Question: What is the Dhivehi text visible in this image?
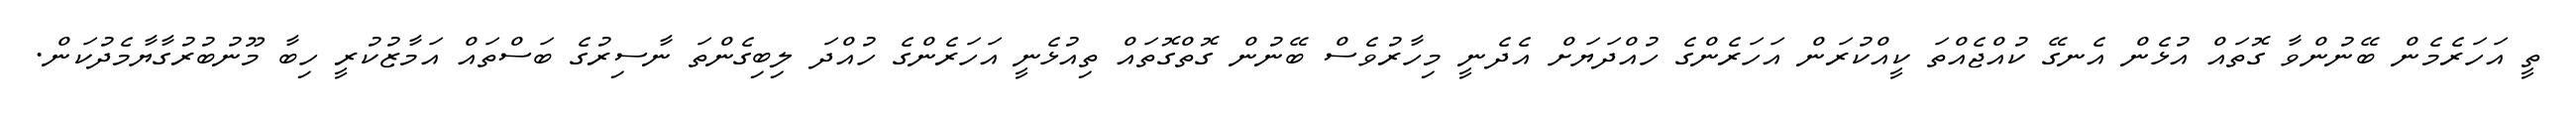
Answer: ތީ އަހަރެމެން ބޭނުންވާ ގޮތައް އުޅެން އެނގޭ ކުއްޖެއްތަ ކީއްކުރަން އަހަރެންގެ ހުއްދަޔަށް އެދެނީ މިހާރުވެސް ބޭނުން ގޮތްގޮތައް ތިއުޅެނީ އަހަރެންގެ ހުއްދަ ލިބިގެންތަ ނާސިރުގެ ބަސްތައް އަމާޒުކުރީ ހިބާ މޫނުބުރުގާޔާމެދުކަން.